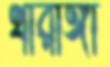
থারাঙ্গা